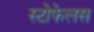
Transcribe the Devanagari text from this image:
स्टोफेलस